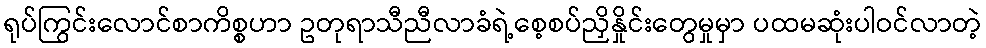
ရုပ်ကြွင်းလောင်စာကိစ္စဟာ ဥတုရာသီညီလာခံရဲ့စေ့စပ်ညှိနှိုင်းတွေမှုမှာ ပထမဆုံးပါဝင်လာတဲ့